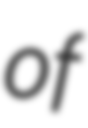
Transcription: of